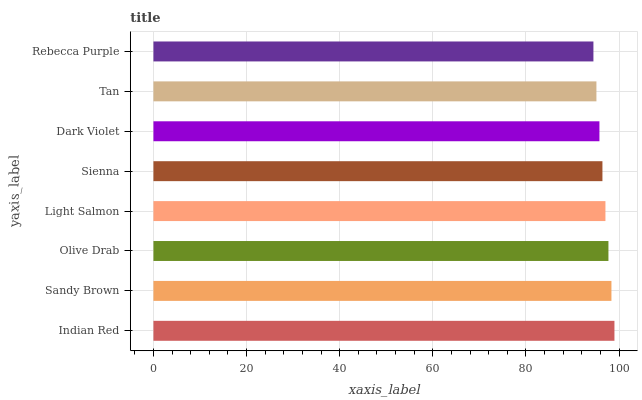
| yaxis_label | bars |
 | --- | --- |
 | Indian Red | 99 |
 | Sandy Brown | 98.4 |
 | Olive Drab | 97.7 |
 | Light Salmon | 97.1 |
 | Sienna | 96.4 |
 | Dark Violet | 95.8 |
 | Tan | 95.1 |
 | Rebecca Purple | 94.5 |